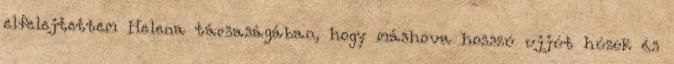
elfelejtettem Helena társaságában, hogy máshova hosszú ujjút húzok és